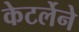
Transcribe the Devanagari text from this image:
केटर्लेने